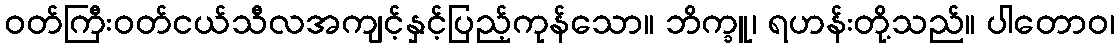
ဝတ်ကြီးဝတ်ငယ်သီလအကျင့်နှင့်ပြည့်ကုန်သော။ ဘိက္ခူ၊ ရဟန်းတို့သည်။ ပါတောဝ၊